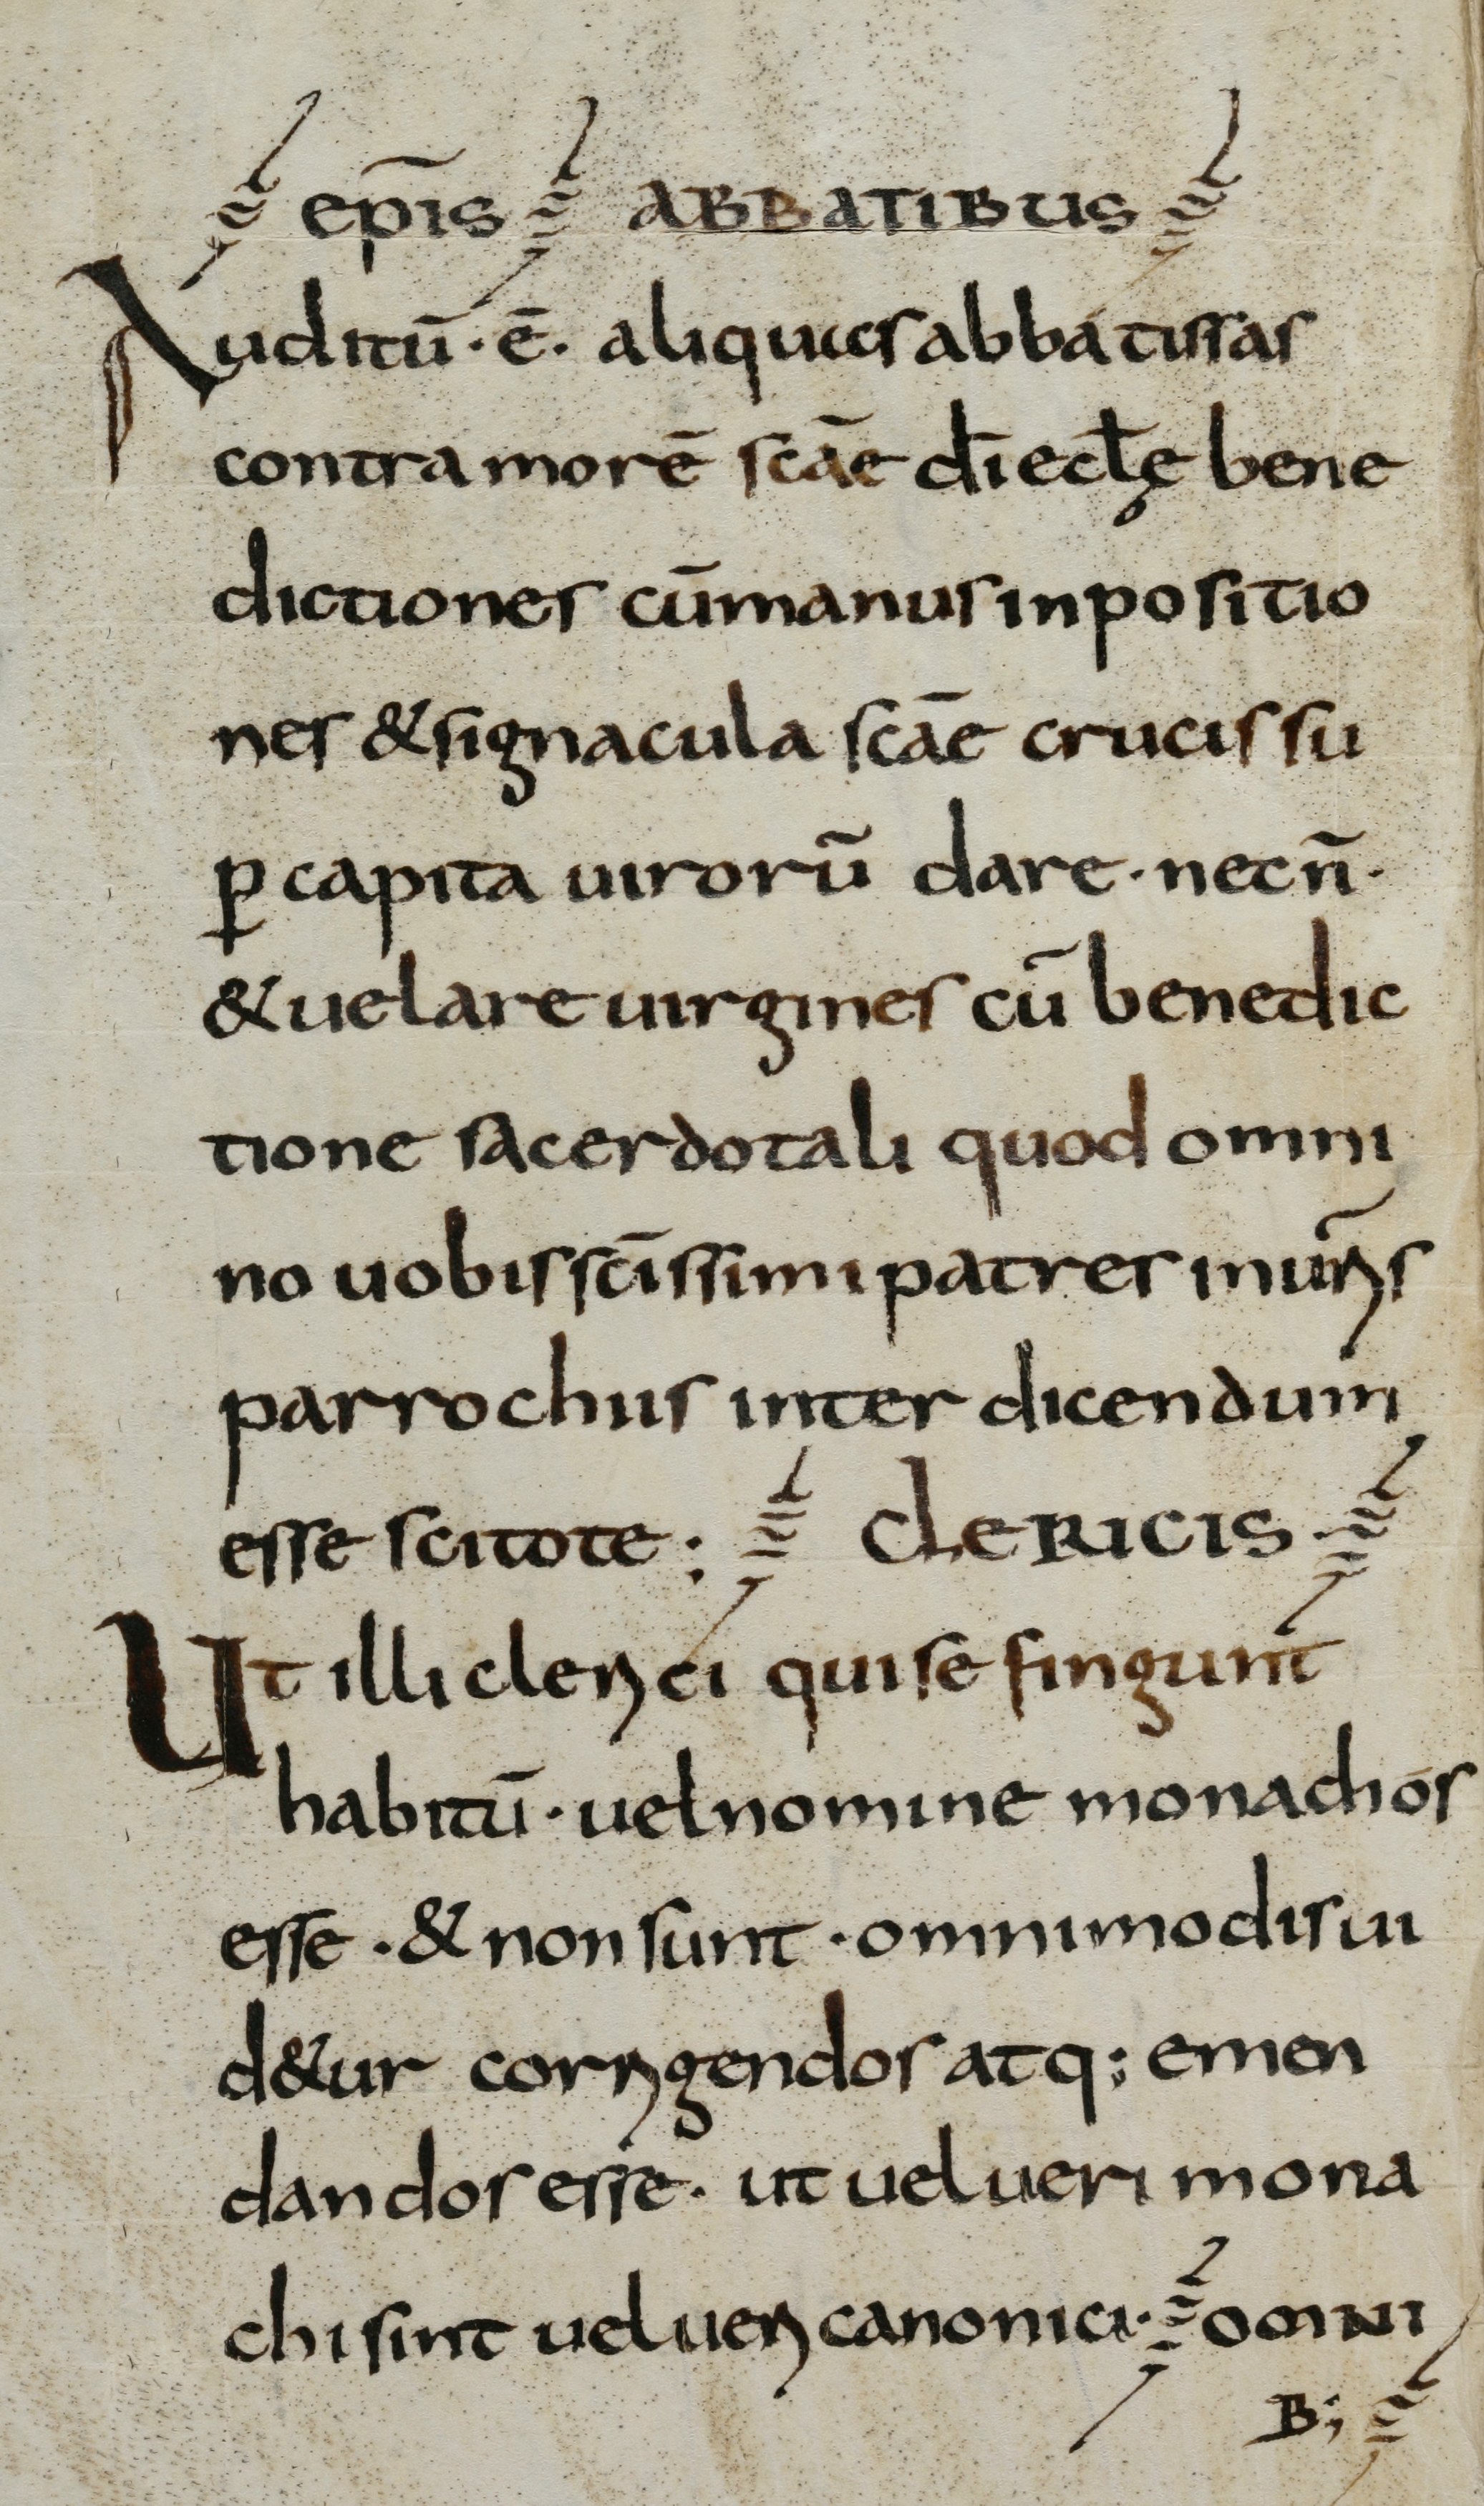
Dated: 800–825